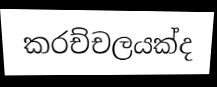
කරච්චලයක්ද